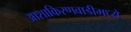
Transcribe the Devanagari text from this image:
आशाकिरणवाडीमध्ये